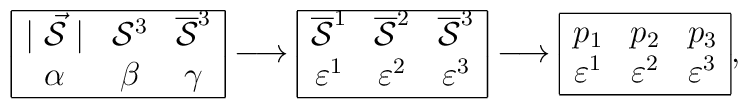
\begin{array}{|ccc|}\hline\mid\vec{\cal S}\mid&{\cal S}^3&\overline{\cal S}^3\\\alpha&\beta&\gamma\\\hline\end{array}\longrightarrow\begin{array}{|ccc|}\hline\overline{\cal S}^1&\overline{\cal S}^2&\overline{\cal S}^3\\\varepsilon^1&\varepsilon^2&\varepsilon^3\\ \hline\end{array}\longrightarrow\begin{array}{|ccc|}\hline p_1&p_2&p_3\\\varepsilon^1&\varepsilon^2&\varepsilon^3\\ \hline\end{array},